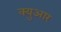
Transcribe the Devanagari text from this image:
क्युआर